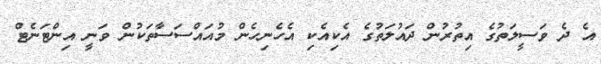
އެ ދެ ވަސީލަތުގެ އިތުރުން ދައުލަތުގެ އެކިއެކި އެހެނިހެން މުއައްސަސާތަކުން ވަނީ އިންޓަނެޓް